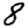
Digit: 8